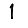
Digit: 1